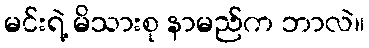
မင်းရဲ့ မိသားစု နာမည်က ဘာလဲ။